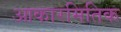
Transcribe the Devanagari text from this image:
आकारमितिक